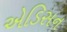
એડિસન